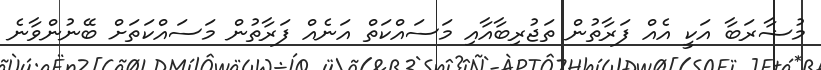
މުޟާރަބާ އަކީ އެއް ފަރާތުން ތަޖުރިބާއާއި މަސައްކަތް އަނެއް ފަރާތުން މަސައްކަތަށް ބޭނުންވާނެ